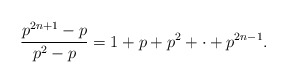
\begin{align*}\frac{p^{2n+1}-p}{p^2-p} = 1 + p + p^2 +\cdot + p^{2n-1}.\end{align*}